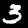
Label: 3